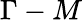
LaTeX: \Gamma-M